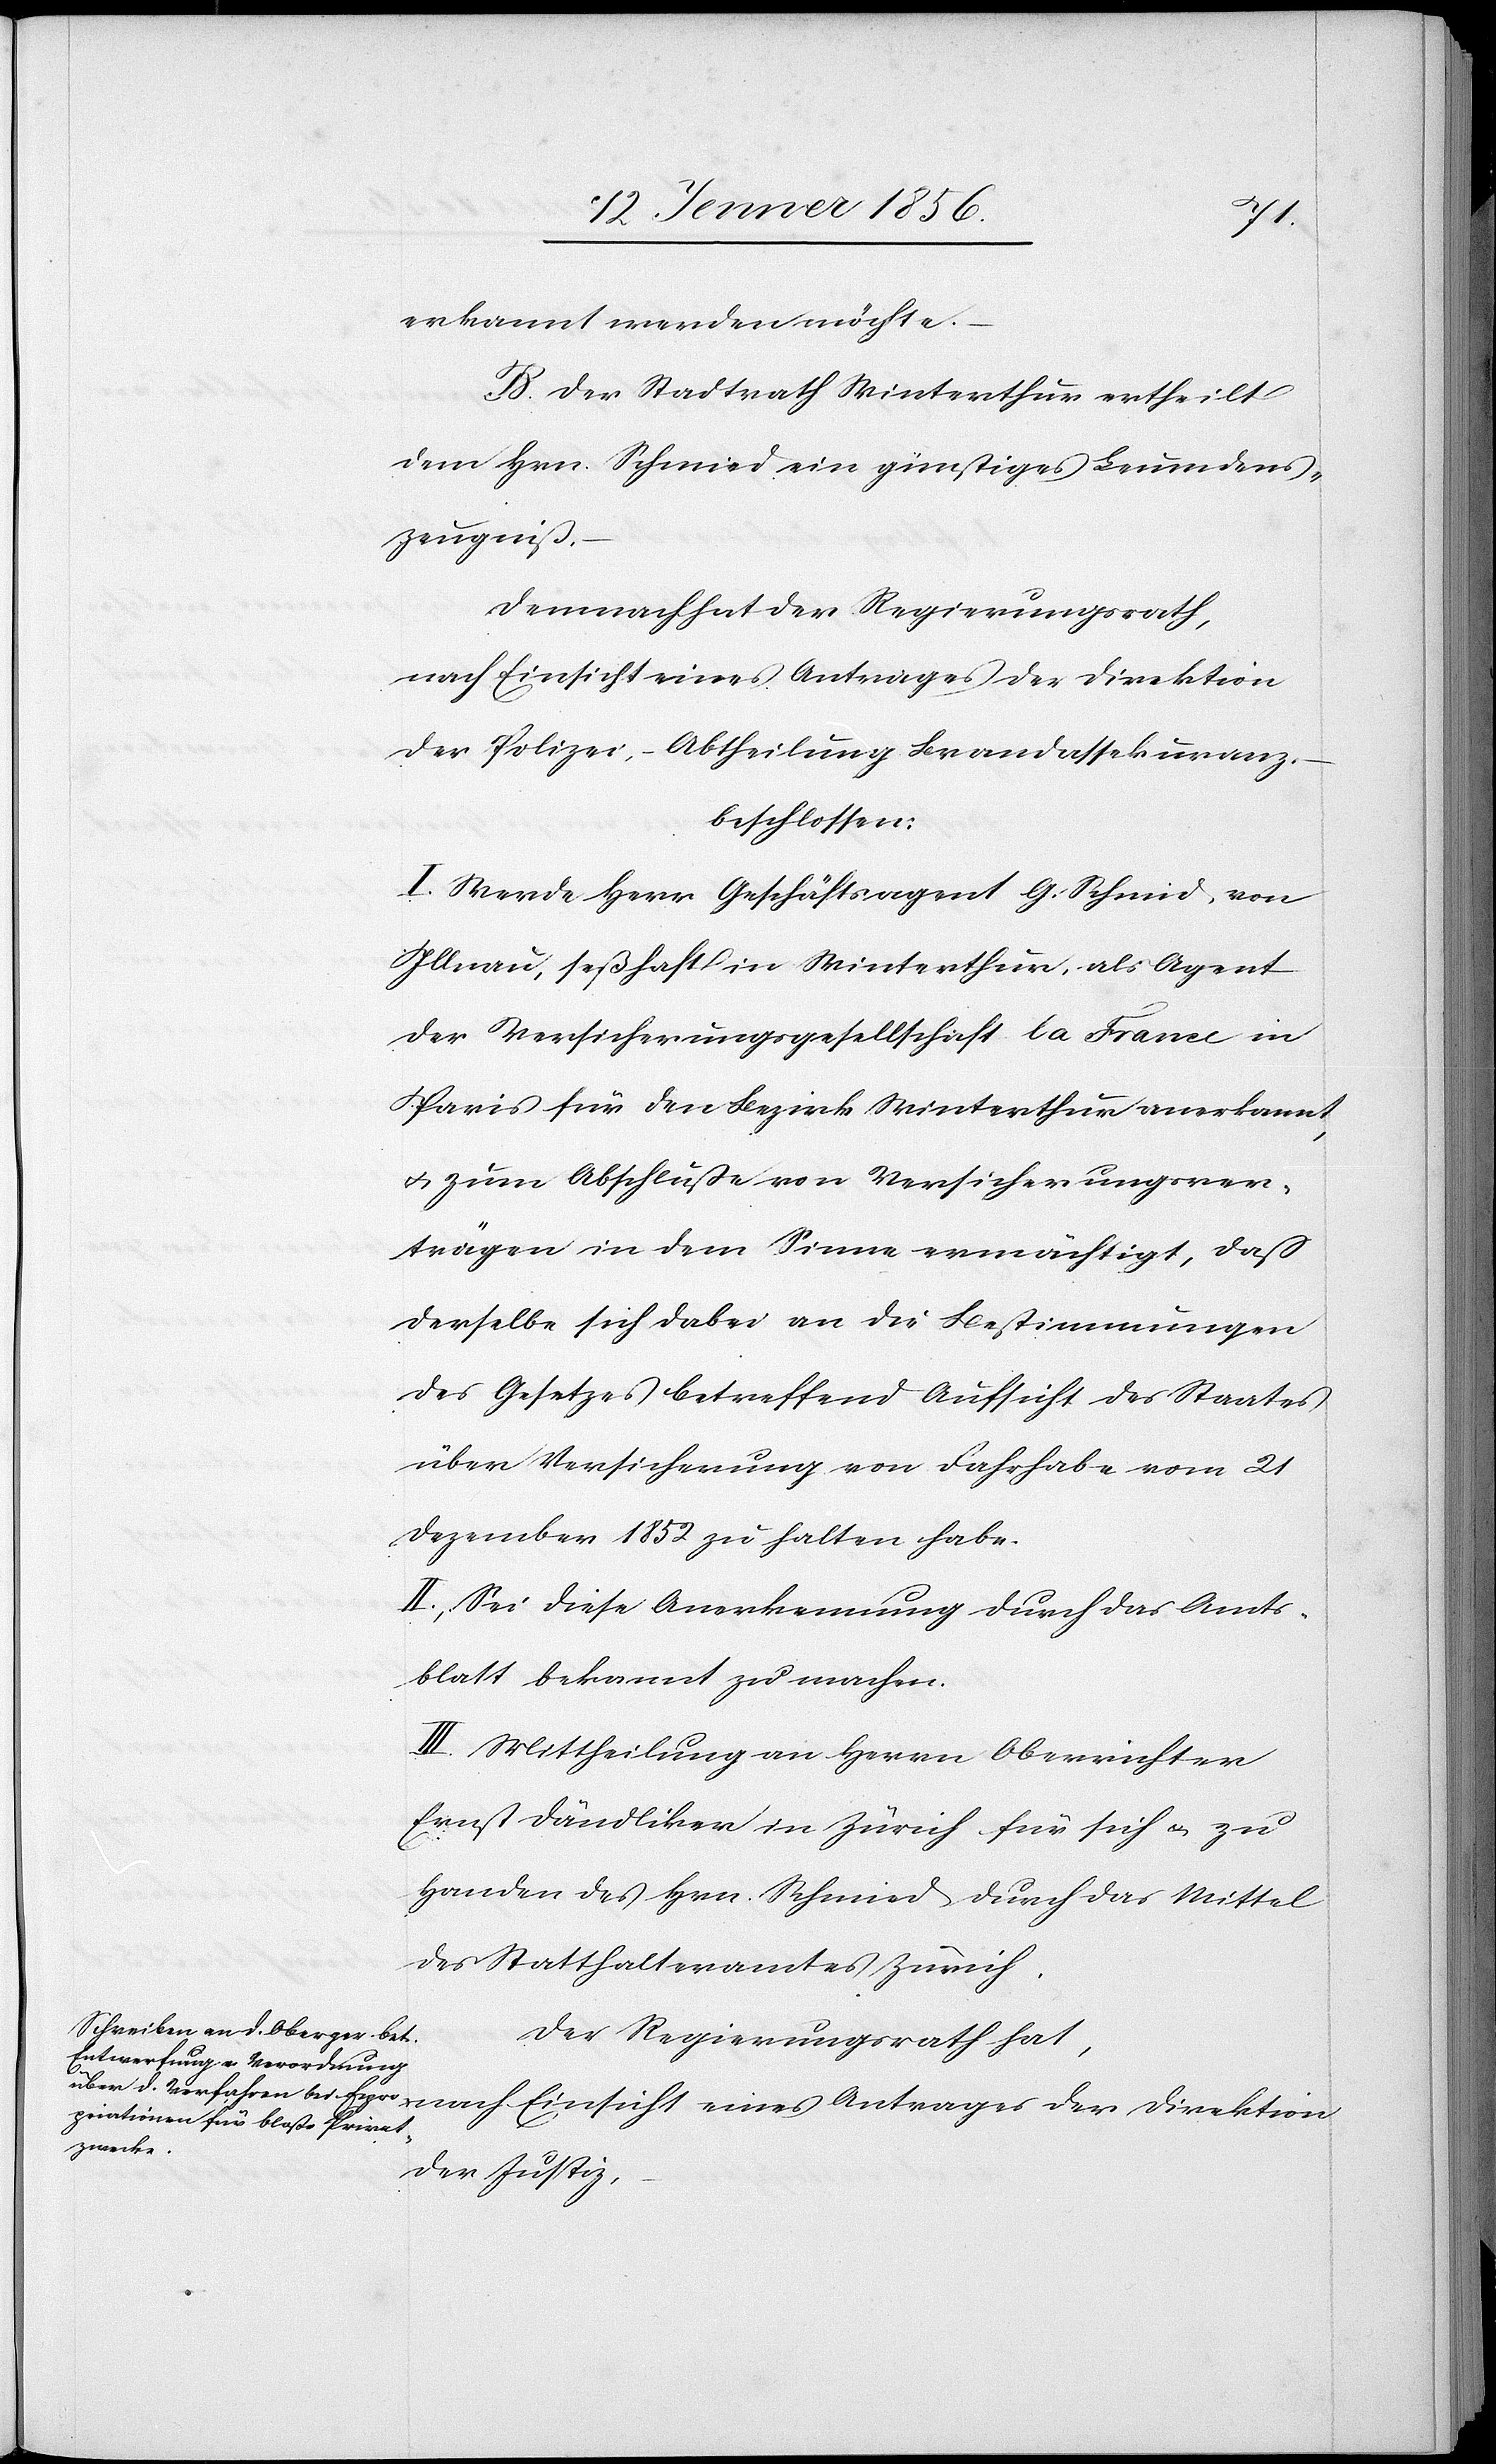
erkannt werden möchte.
B. Der Stadtrath Winterthur ertheilt
dem Hrn. Schmid ein günstiges Leumdens¬
zeugniß.
Demnach hat der Regierungsrath,
nach Einsicht eines Antrages der Direktion
der Polizei-Abtheilung Brandassekuranz.
beschlossen:
I. Werde Herr Geschäftsagent G. Schmid, von
Illnau, seßhaft in Winterthur, als Agent
der Versicherungsgesellschaft la France in
Paris für den Bezirk Winterthur anerkannt,
u. zum Abschluße von Versicherungsver¬
trägen in dem Sinne ermächtigt, daß
derselbe sich dabei an die Bestimmungen
des Gesetzes betreffend Aufsicht des Staates
über Versicherung von Fahrhabe vom 21
Dezember 1852 zu halten habe.
II. Sei diese Anerkennung durch das Amts¬
blatt bekannt zu machen.
III. Mittheilung an Herrn Oberrichter
Ernst Dändliker in Zürich für sich u. zu
Handen des Hrn. Schmid durch das Mittel
des Statthalteramtes Zürich.
Der Regierungsrath hat,
der Justiz,